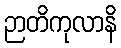
ဉာတိကုလာနိ